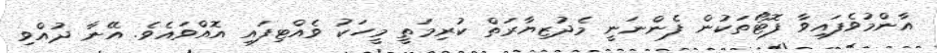
އާންމުވެފައިވާ ފޮޓޯތަކުން ފެންނަނީ މެދުޒިޔާރަތް ކުރިމަތީ މީހަކު ވެއްޓިފައި އޮއްވައެވެ. އޭނާ ދުއްވި